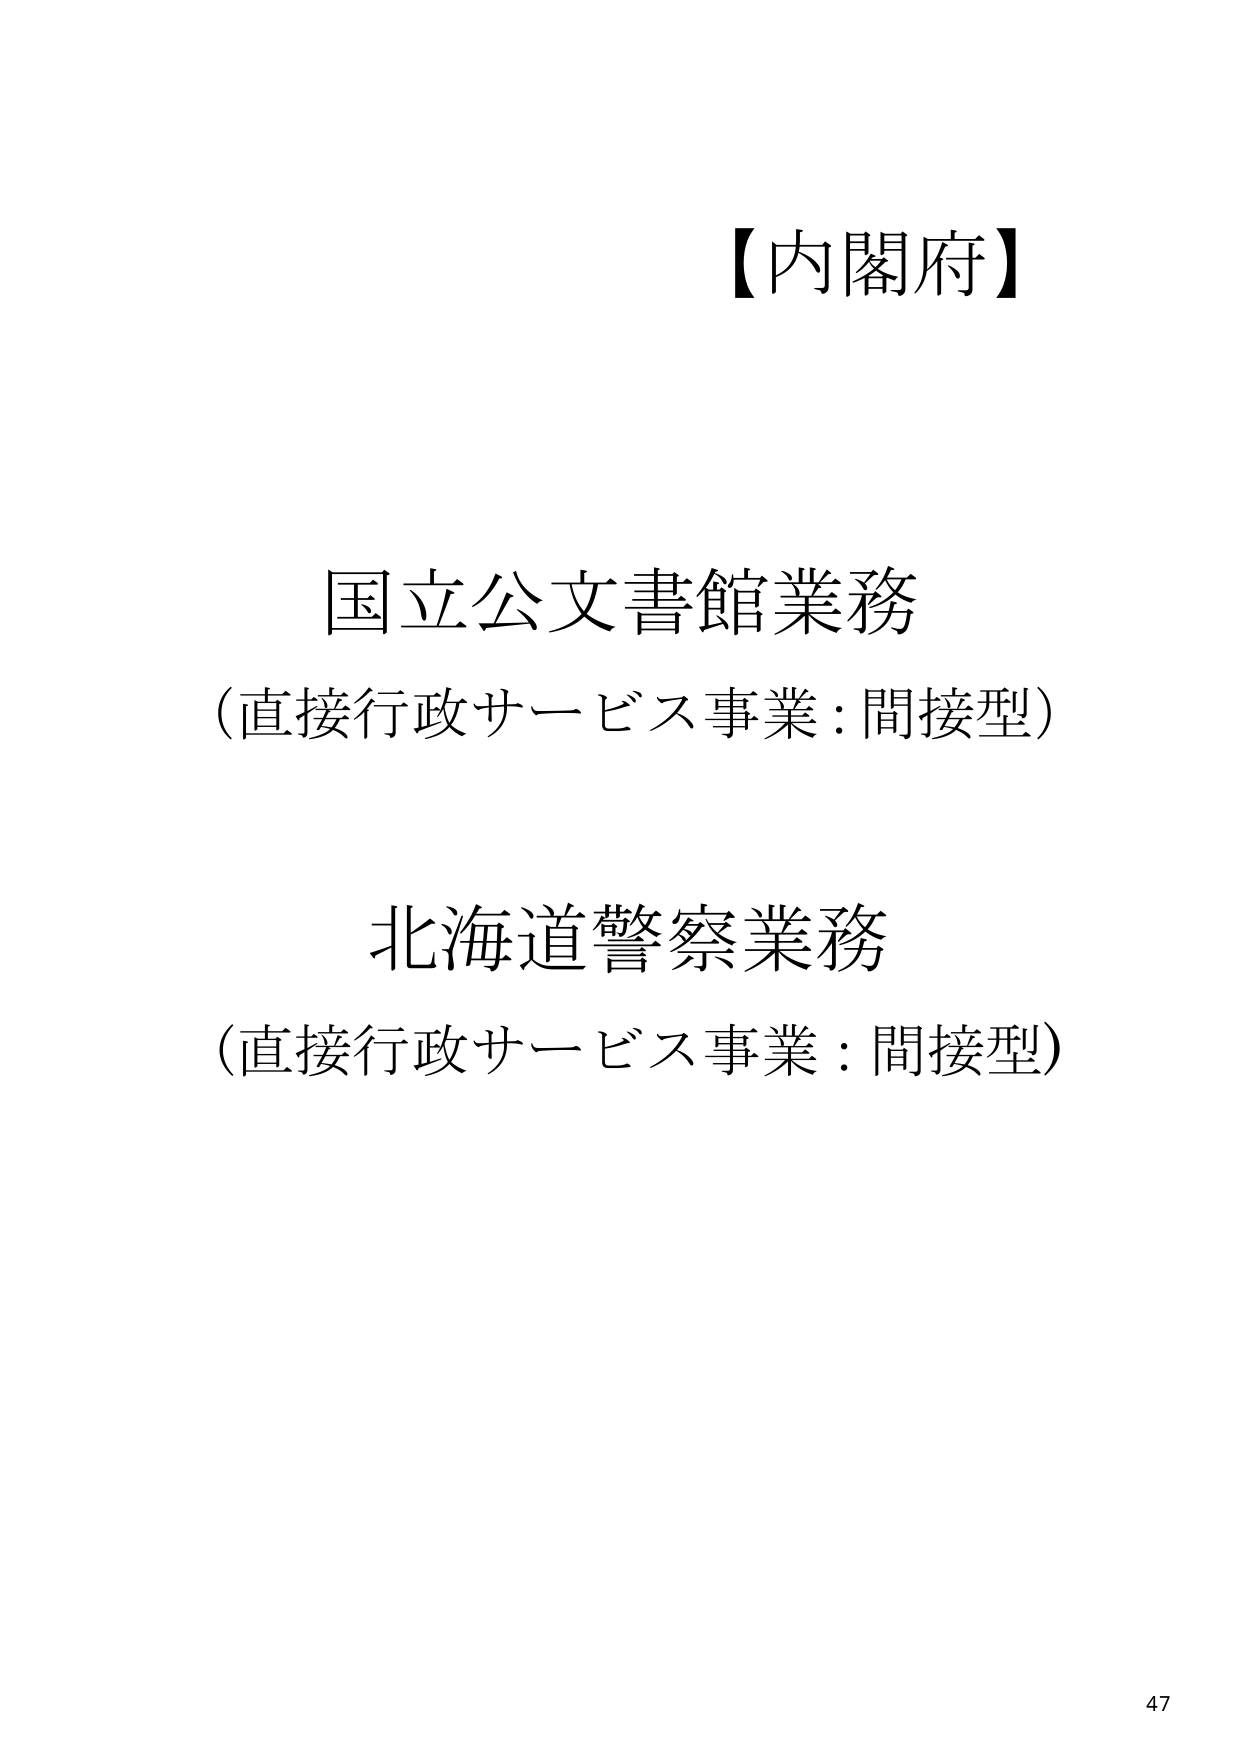
【内閣府】

国立公文書館業務
（直接行政サービス事業：間接型）

北海道警察業務
（直接行政サービス事業：間接型）

47